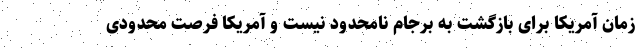
زمان آمریکا برای بازگشت به برجام نامحدود نیست و آمریکا فرصت محدودی